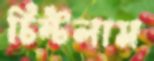
চিম্‌টলাম